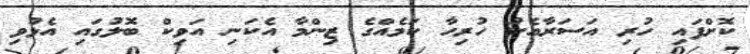
ކޮށްފައި ހުރި އަސަރާއެކު ހުރިހާ ކަމެއްގެ ޒިންމާ އެކަނި އަވިކް ބޮލުގައި އެޅުވި